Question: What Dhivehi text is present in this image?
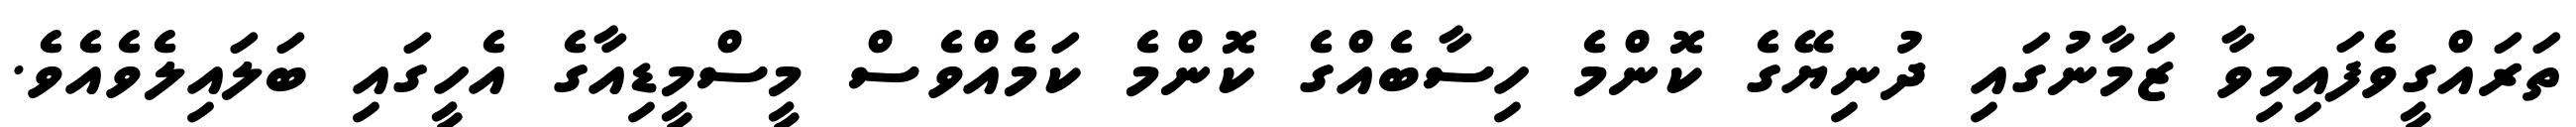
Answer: ތަރައްގީވެފައިމިވާ ޒަމާނުގައި ދުނިޔޭގެ ކޮންމެ ހިސާބެއްގެ ކޮންމެ ކަމެއްވެސް މީސްމީޑިއާގެ އެހީގައި ބަލައިލެވެއެވެ.